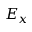
E _ { x }